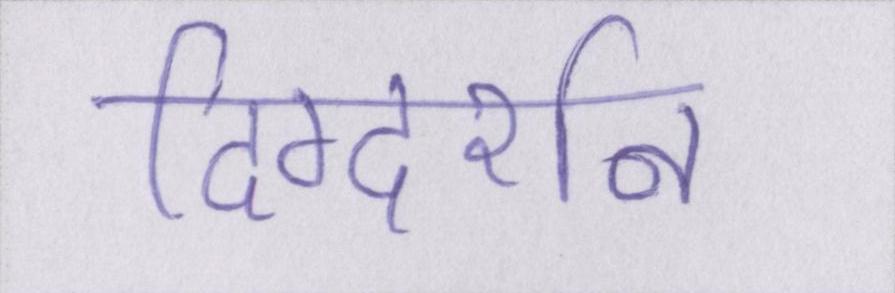
दिग्दर्शन